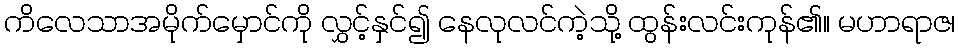
ကိလေသာအမိုက်မှောင်ကို လွှင့်နှင်၍ နေလုလင်ကဲ့သို့ ထွန်းလင်းကုန်၏။ မဟာရာဇ၊